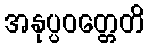
အနုပ္ပဝတ္တေတိ